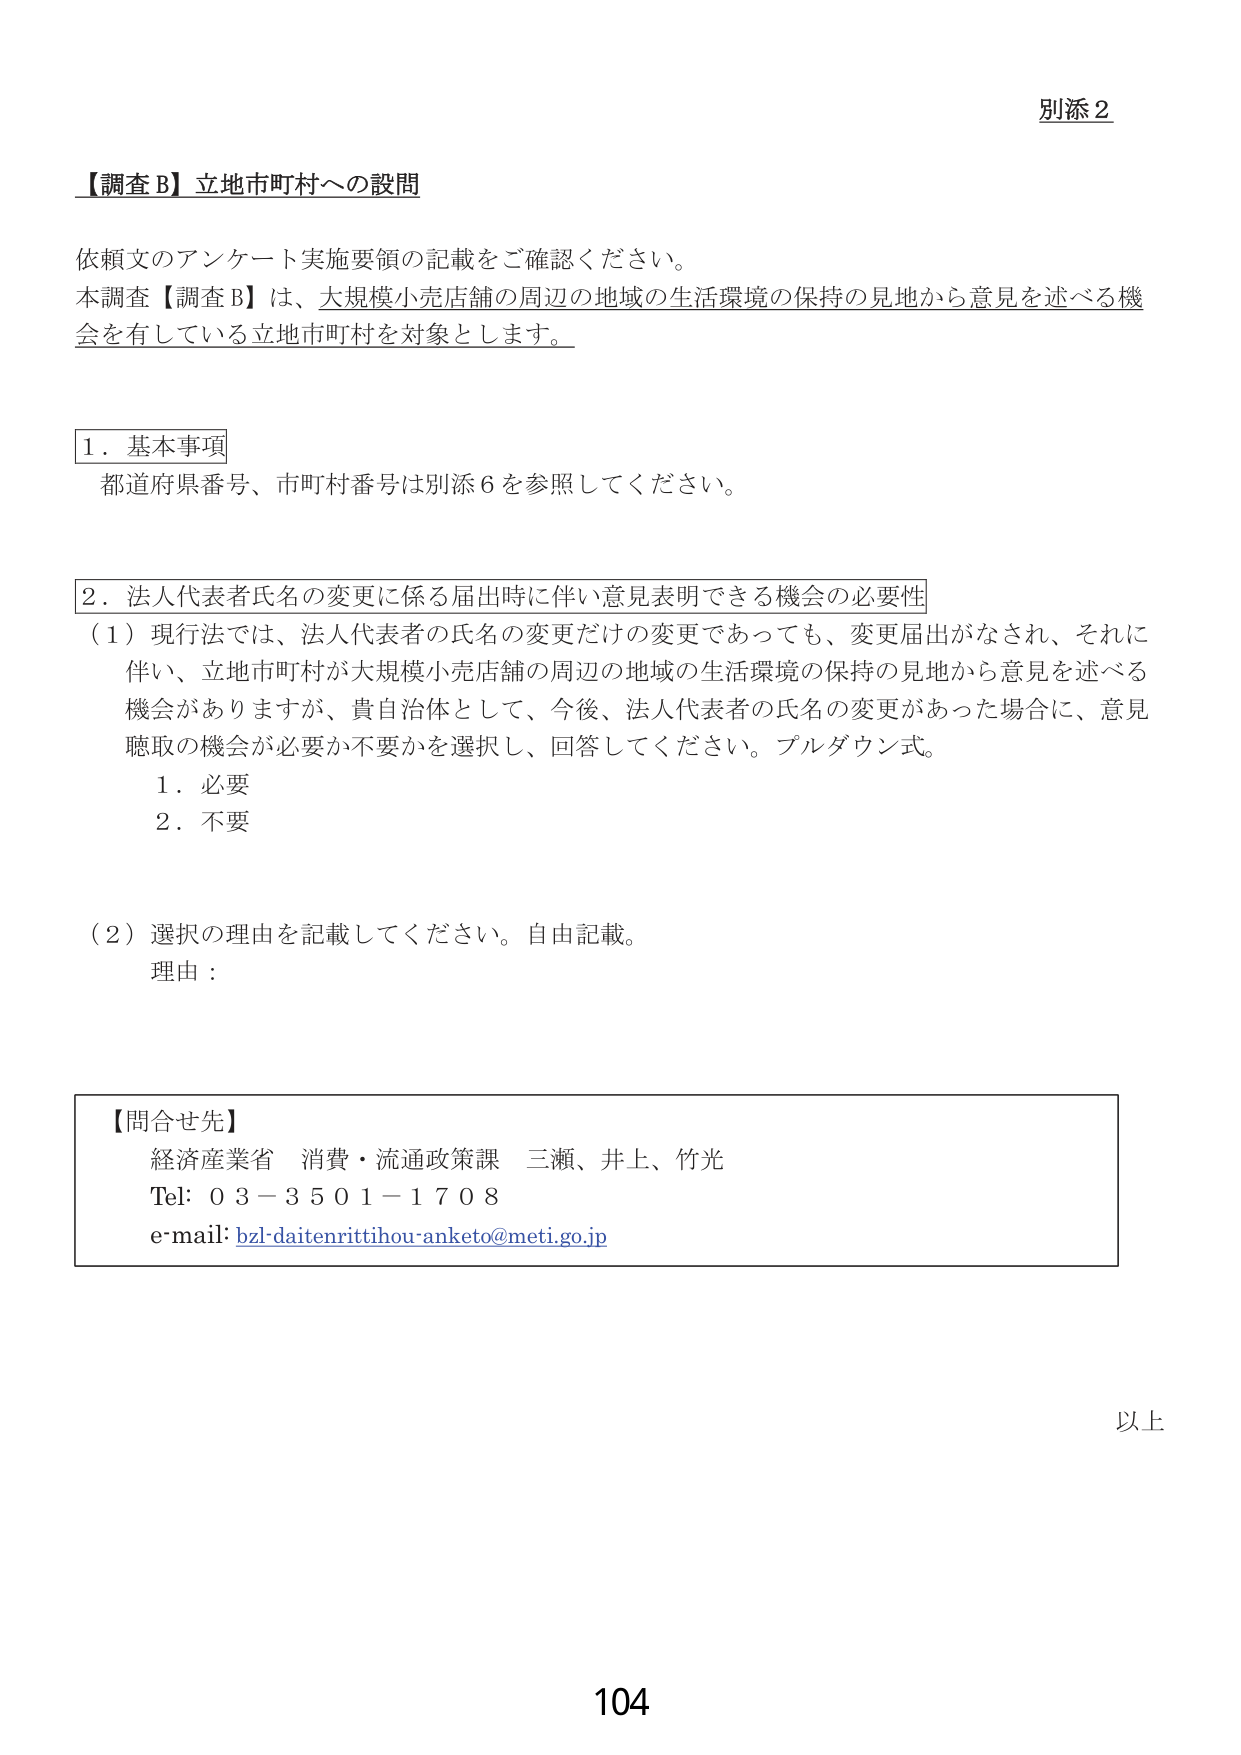
別添２

【調査Ｂ】立地市町村への設問

依頼文のアンケート実施要領の記載をご確認ください。
本調査【調査Ｂ】は、大規模小売店舗の周辺の地域の生活環境の保持の見地から意見を述べる機会を有している立地市町村を対象とします。

１．基本事項
都道府県番号、市町村番号は別添６を参照してください。

２．法人代表者氏名の変更に係る届出時に伴い意見表明できる機会の必要性
（１）現行法では、法人代表者の氏名の変更だけの変更であっても、変更届出がなされ、それに伴い、立地市町村が大規模小売店舗の周辺の地域の生活環境の保持の見地から意見を述べる機会がありますが、貴自治体として、今後、法人代表者の氏名の変更があった場合に、意見聴取の機会が必要か不要かを選択し、回答してください。プルダウン式。
　　１．必要
　　２．不要

（２）選択の理由を記載してください。自由記載。
　　理由：

【問合せ先】
経済産業省　消費・流通政策課　三瀬、井上、竹光
Tel: 03-3501-1708
e-mail: bzl-daitenrittihou-anketo@meti.go.jp

以上

104